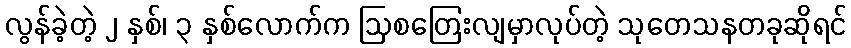
လွန်ခဲ့တဲ့ ၂ နှစ်၊ ၃ နှစ်လောက်က ဩစတြေးလျမှာလုပ်တဲ့ သုတေသနတခုဆိုရင်